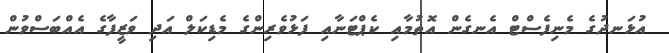
އުޅަނދުގެ މެނިފެސްޓް އެނގެން އޮތުމާއި ކެޕްޓަނާއި ފަޅުވެރިންގެ މެޑިކަލް އަދި ވަޒީފާގެ އެއްބަސްވުން